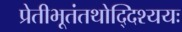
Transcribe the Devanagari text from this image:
प्रेतीभूतंतथोद्दिश्ययः